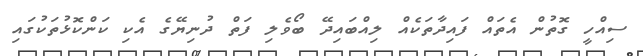
ސިއްހީ ގޮތުން އެތައް ފައިދާތަކެއް ލިއްބައިދޭ ބޯވެލި ފަތް ދުނިޔޭގެ އެކި ކަންކޮޅުތަކުގައި